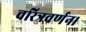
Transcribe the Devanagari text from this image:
चरित्रवर्णन।